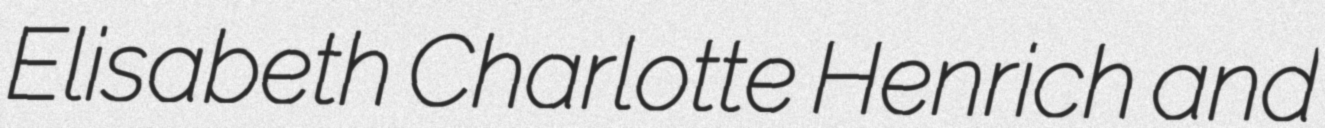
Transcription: Elisabeth Charlotte Henrich and